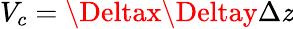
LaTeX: V_{c}=\Deltax\Deltay\Delta\mathit{z}